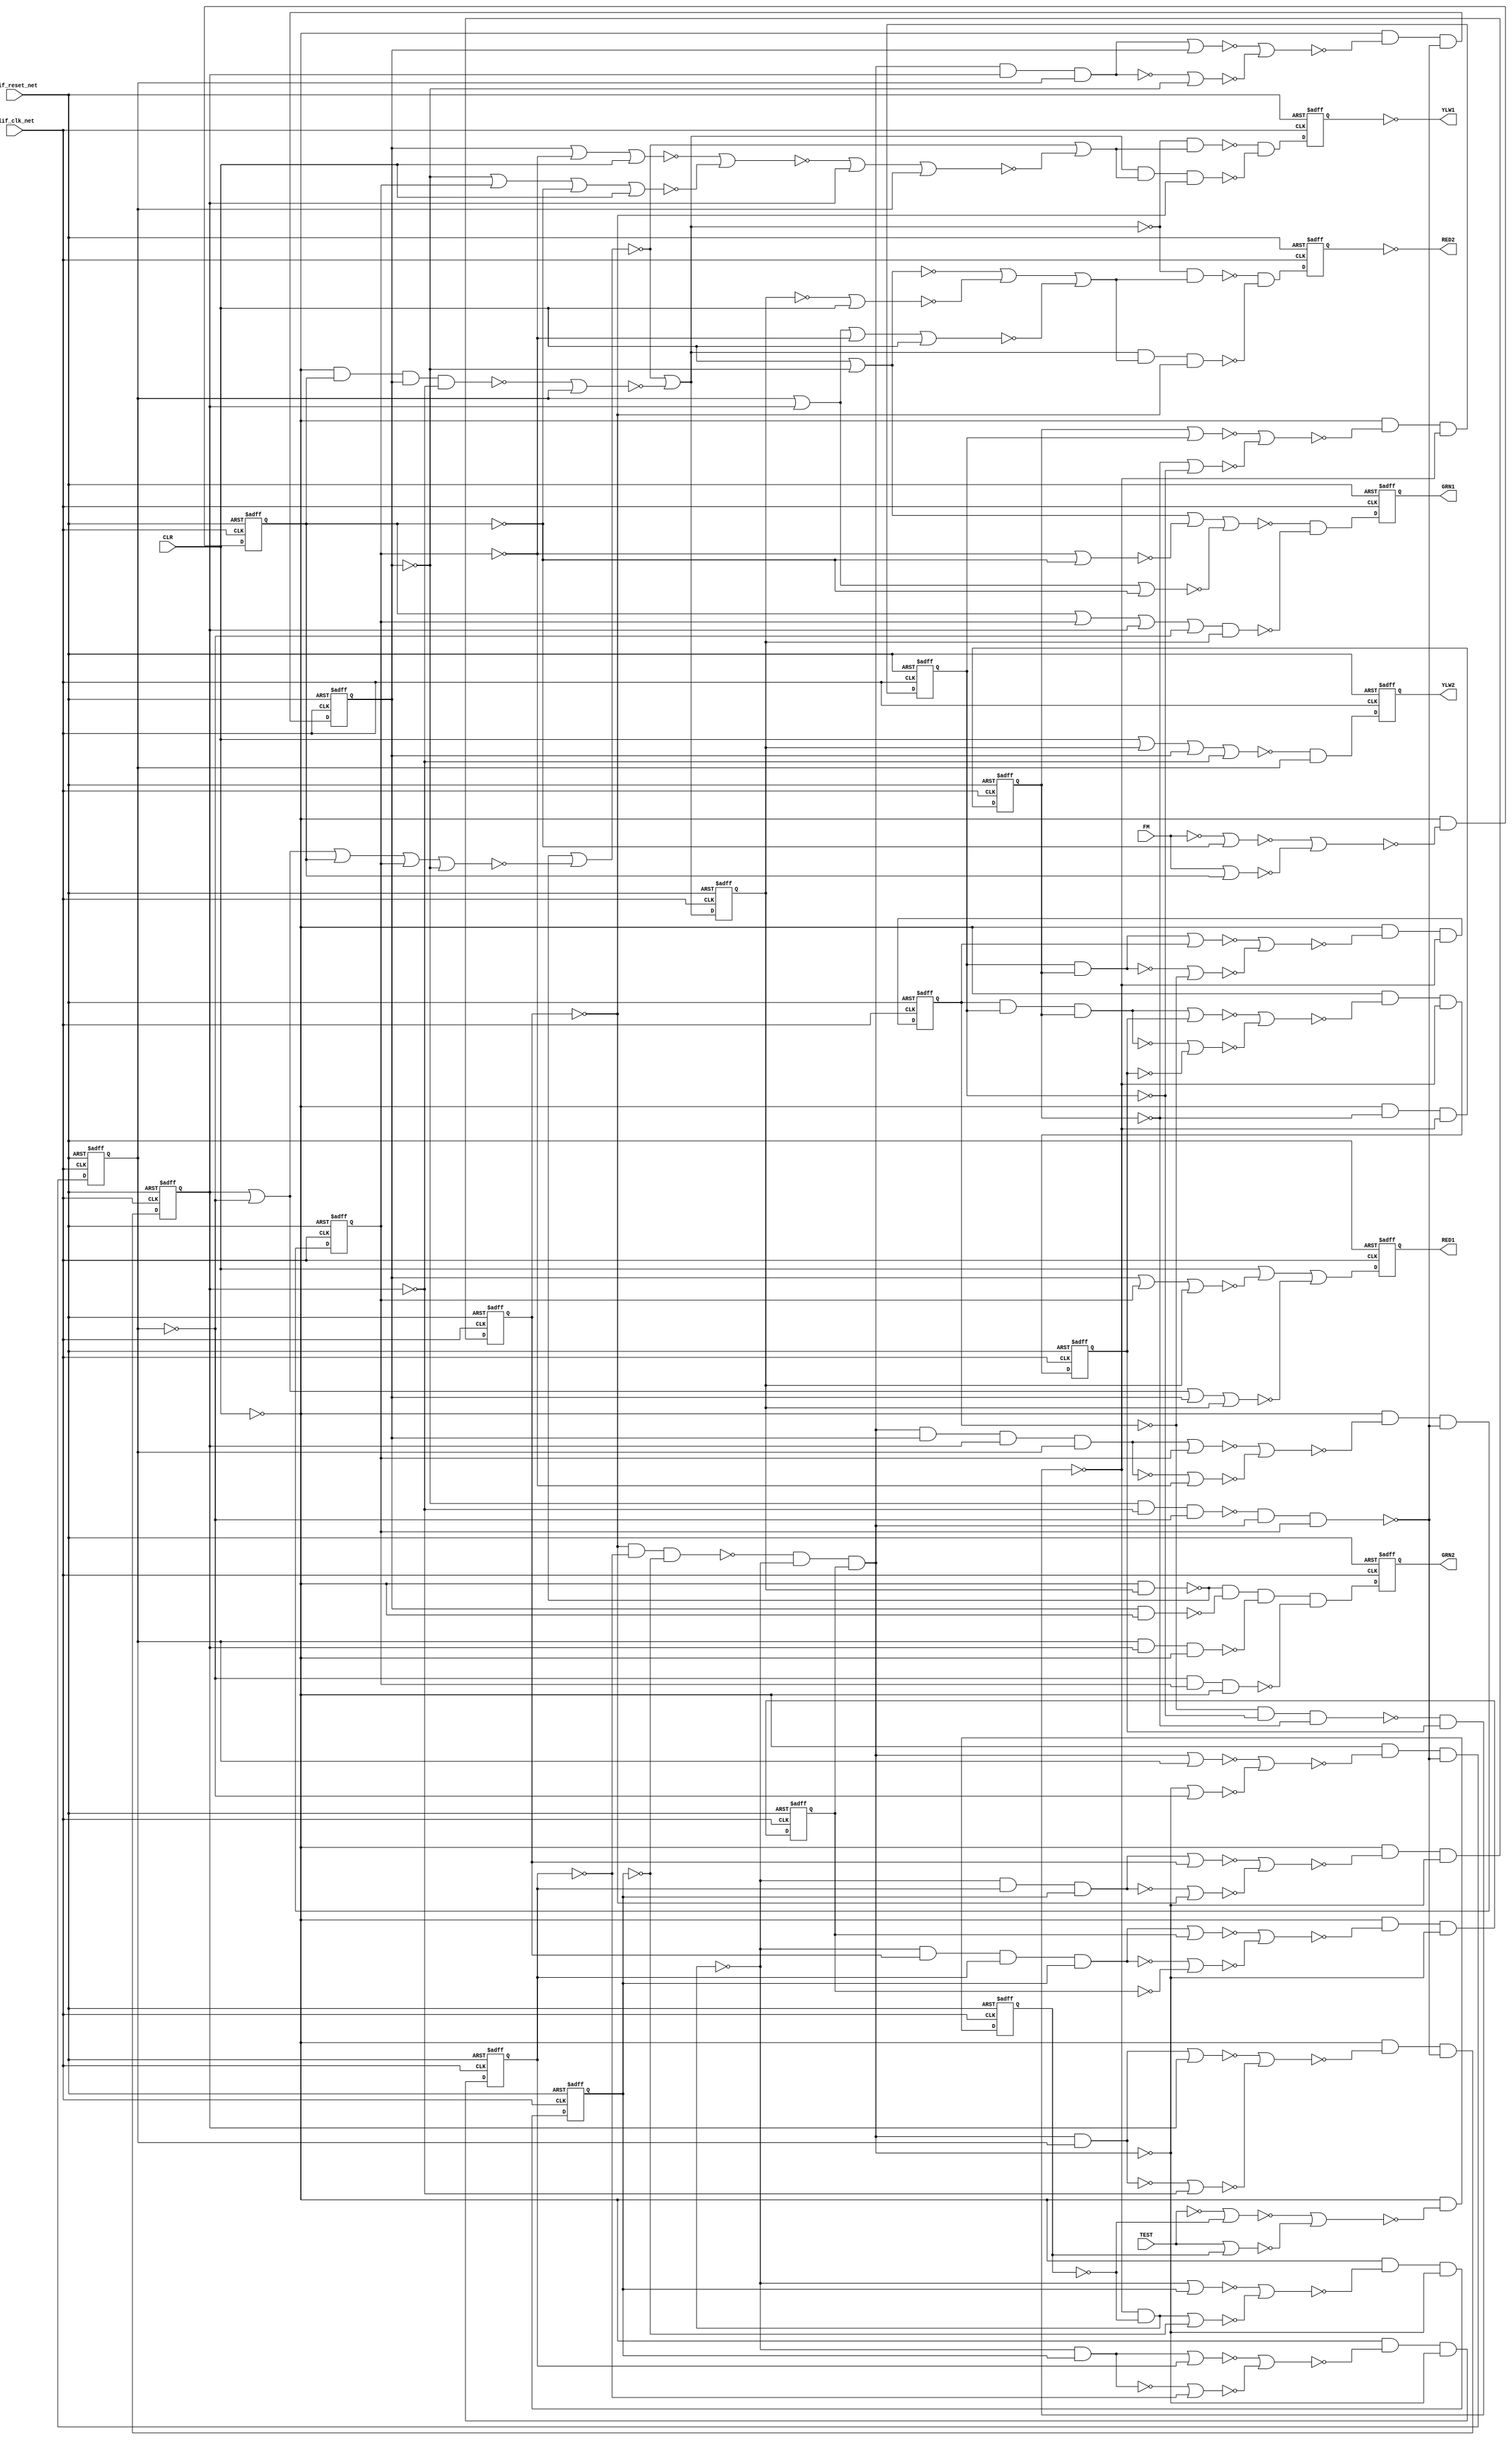
module s400_bench(
  blif_clk_net,
  blif_reset_net,
  FM,
  TEST,
  CLR,
  GRN2,
  YLW2,
  RED2,
  GRN1,
  YLW1,
  RED1);
input blif_clk_net;
input blif_reset_net;
input FM;
input TEST;
input CLR;
output GRN2;
output YLW2;
output RED2;
output GRN1;
output YLW1;
output RED1;
reg TESTL;
reg FML;
reg OLATCH_Y2L;
reg OLATCHVUC_6;
reg OLATCHVUC_5;
reg OLATCH_R1L;
reg OLATCH_G2L;
reg OLATCH_G1L;
reg OLATCH_FEL;
reg C3_Q3;
reg C3_Q2;
reg C3_Q1;
reg C3_Q0;
reg UC_16;
reg UC_17;
reg UC_18;
reg UC_19;
reg UC_8;
reg UC_9;
reg UC_10;
reg UC_11;
wire Y1C;
wire TCOMBVNODE16VOR1NF;
wire C3_Q1VZVOR1NF;
wire FMLVIINMUXVOR1NF;
wire TESTLVIINLATCHN;
wire UC_9VZ;
wire TESTLVIINMUXVOR1NF;
wire C2_QN2;
wire C3_Q3VZVOR1NF;
wire C3VIINHN;
wire R2C;
wire C1VCO2;
wire TCOMBVNODE6;
wire UC_17VD;
wire C3_Q3VUC_0;
wire TCOMB_GA2;
wire TCOMBVNODE3;
wire UC_19VUC_0;
wire R2CVAD1NF;
wire UC_8VZVOR1NF;
wire OLATCH_R2L;
wire UC_10VZVOR1NF;
wire UC_26;
wire UC_18VZVOR1NF;
wire OUTBUFVBUFY1VIIR1;
wire TCOMBVNODE18;
wire UC_18VZ;
wire TCOMBVNODE12;
wire C2VIINHN;
wire C3VCO2;
wire UC_17VUC_0;
wire C2VCO1;
wire UC_15;
wire TCOMB_RA2;
wire TESTLVIINLATCHVCDN;
wire OUTBUFVBUFR2VIIR1;
wire C3_Q2VZ;
wire UC_11VUC_0;
wire TCOMBVNODE19;
wire OUTBUFVBUFG2VIIR1;
wire UC_11VZ;
wire TCOMBVNCLR;
wire FMLVIINMUXVOR2NF;
wire UC_13;
wire FMLVIINMUXVND1;
wire TCOMBVNQB;
wire FMLVIINLATCHN;
wire CTST;
wire TCOMB_RA1VOR2NF;
wire C3_Q0VZVOR1NF;
wire FMLVIINLATCHVCDN;
wire C3_Q0VZ;
wire C3VCIIA;
wire C1_CO;
wire C3_Q2VD;
wire TCOMB_YA1;
wire TESTLVIINLATCHVCDAD;
wire UC_9VD;
wire UC_22;
wire UC_25;
wire TCOMBVNODE8VOR2NF;
wire TCOMB_GA2VAD1NF;
wire UC_19VD;
wire TCOMBVNFM;
wire TCOMBVNQC;
wire TCOMBVNODE16;
wire CLRBVIIR1;
wire C3VCO1;
wire UC_8VUC_0;
wire TESTBVIIR1;
wire TESTLVIINMUXVND1;
wire UC_10VUC_0;
wire TCOMBVNODE8VOR1NF;
wire UC_16VUC_0;
wire TCOMBVNODE8;
wire FMBVIIR1;
wire TESTLVIINMUX;
wire FMLVIINMUXVIIR1;
wire TCOMB_RA2VOR2NF;
wire UC_16VZVOR1NF;
wire Y1CVAD2NF;
wire TCOMB_FE_BF;
wire UC_16VZ;
wire C1VCO1;
wire C1VCIIA;
wire TCOMB_GA1;
wire R2CVAD2NF;
wire UC_20;
wire TESTLVIINMUXVOR2NF;
wire C2VCIIA;
wire UC_11VD;
wire CLRB;
wire TCOMB_RA1VOR1NF;
wire C3_Q2VUC_0;
wire TCOMBVNODE4VOR1NF;
wire C2_CO;
wire UC_23;
wire Y1CVAD1NF;
wire UC_21;
wire UC_27;
wire OLATCH_Y1L;
wire TCOMBVNODE4;
wire C3_Q2VZVOR1NF;
wire TCOMB_GA2VAD4NF;
wire TCOMB_GA2VAD3NF;
wire TCOMB_GA1VAD1NF;
wire UC_17VZVOR1NF;
wire FEN;
wire UC_18VD;
wire FMLVIINMUX;
wire C3_Q0VD;
wire TCOMB_YA2;
wire UC_19VZ;
wire TESTLVIINMUXVIIR1;
wire TCOMB_RA2VOR1NF;
wire C3_Q1VUC_0;
wire C2VCO2;
wire TCOMBVNFEL;
wire TCOMBVNQA;
wire OUTBUFVBUFR1VIIR1;
wire UC_9VUC_0;
wire FMLVIINLATCHVCDAD;
wire UC_10VZ;
wire UC_18VUC_0;
wire C3_Q0VUC_0;
wire C3_Q1VZ;
wire TCOMBVNODE15;
wire TESTB;
wire TCOMBVNODE4VOR2NF;
wire C1VCO0;
wire II84;
wire UC_17VZ;
wire UC_8VD;
wire C2VCO0;
wire C3_Q1VD;
wire TCOMB_GA2VAD2NF;
wire UC_14;
wire C3_Q3VD;
wire UC_12;
wire TCOMB_RA1;
wire TCOMB_FE;
wire OUTBUFVBUFY2VIIR1;
wire UC_10VD;
wire UC_24;
wire UC_19VZVOR1NF;
wire CO2;
wire C3_Q3VZ;
wire TCOMBVNQD;
wire TCOMBVNODE14;
wire UC_16VD;
wire UC_8VZ;
wire TCOMB_RA2VOR3NF;
wire OUTBUFVBUFG1VIIR1;
wire UC_9VZVOR1NF;
wire FMB;
wire C3VCO0;
always @(posedge blif_clk_net or posedge blif_reset_net)
  if(blif_reset_net == 1)
    TESTL <= 0;
  else
    TESTL <= TESTLVIINLATCHVCDAD;
always @(posedge blif_clk_net or posedge blif_reset_net)
  if(blif_reset_net == 1)
    FML <= 0;
  else
    FML <= FMLVIINLATCHVCDAD;
always @(posedge blif_clk_net or posedge blif_reset_net)
  if(blif_reset_net == 1)
    OLATCH_Y2L <= 0;
  else
    OLATCH_Y2L <= TCOMB_YA2;
always @(posedge blif_clk_net or posedge blif_reset_net)
  if(blif_reset_net == 1)
    OLATCHVUC_6 <= 0;
  else
    OLATCHVUC_6 <= Y1C;
always @(posedge blif_clk_net or posedge blif_reset_net)
  if(blif_reset_net == 1)
    OLATCHVUC_5 <= 0;
  else
    OLATCHVUC_5 <= R2C;
always @(posedge blif_clk_net or posedge blif_reset_net)
  if(blif_reset_net == 1)
    OLATCH_R1L <= 0;
  else
    OLATCH_R1L <= TCOMB_RA1;
always @(posedge blif_clk_net or posedge blif_reset_net)
  if(blif_reset_net == 1)
    OLATCH_G2L <= 0;
  else
    OLATCH_G2L <= TCOMB_GA2;
always @(posedge blif_clk_net or posedge blif_reset_net)
  if(blif_reset_net == 1)
    OLATCH_G1L <= 0;
  else
    OLATCH_G1L <= TCOMB_GA1;
always @(posedge blif_clk_net or posedge blif_reset_net)
  if(blif_reset_net == 1)
    OLATCH_FEL <= 0;
  else
    OLATCH_FEL <= TCOMB_FE_BF;
always @(posedge blif_clk_net or posedge blif_reset_net)
  if(blif_reset_net == 1)
    C3_Q3 <= 0;
  else
    C3_Q3 <= C3_Q3VD;
always @(posedge blif_clk_net or posedge blif_reset_net)
  if(blif_reset_net == 1)
    C3_Q2 <= 0;
  else
    C3_Q2 <= C3_Q2VD;
always @(posedge blif_clk_net or posedge blif_reset_net)
  if(blif_reset_net == 1)
    C3_Q1 <= 0;
  else
    C3_Q1 <= C3_Q1VD;
always @(posedge blif_clk_net or posedge blif_reset_net)
  if(blif_reset_net == 1)
    C3_Q0 <= 0;
  else
    C3_Q0 <= C3_Q0VD;
always @(posedge blif_clk_net or posedge blif_reset_net)
  if(blif_reset_net == 1)
    UC_16 <= 0;
  else
    UC_16 <= UC_16VD;
always @(posedge blif_clk_net or posedge blif_reset_net)
  if(blif_reset_net == 1)
    UC_17 <= 0;
  else
    UC_17 <= UC_17VD;
always @(posedge blif_clk_net or posedge blif_reset_net)
  if(blif_reset_net == 1)
    UC_18 <= 0;
  else
    UC_18 <= UC_18VD;
always @(posedge blif_clk_net or posedge blif_reset_net)
  if(blif_reset_net == 1)
    UC_19 <= 0;
  else
    UC_19 <= UC_19VD;
always @(posedge blif_clk_net or posedge blif_reset_net)
  if(blif_reset_net == 1)
    UC_8 <= 0;
  else
    UC_8 <= UC_8VD;
always @(posedge blif_clk_net or posedge blif_reset_net)
  if(blif_reset_net == 1)
    UC_9 <= 0;
  else
    UC_9 <= UC_9VD;
always @(posedge blif_clk_net or posedge blif_reset_net)
  if(blif_reset_net == 1)
    UC_10 <= 0;
  else
    UC_10 <= UC_10VD;
always @(posedge blif_clk_net or posedge blif_reset_net)
  if(blif_reset_net == 1)
    UC_11 <= 0;
  else
    UC_11 <= UC_11VD;
assign Y1C = ((~Y1CVAD2NF)&(~Y1CVAD1NF));
assign TCOMBVNODE16VOR1NF = (TCOMBVNODE18)|(FML)|(C3_Q3)|(TCOMBVNQC);
assign C3_Q1VZVOR1NF = (C3VCO0)|(C3_Q1);
assign GRN1 = ((~OUTBUFVBUFG1VIIR1));
assign FMLVIINMUXVOR1NF = (FMB)|(FML);
assign TESTLVIINLATCHN = ((~TESTL));
assign UC_9VZ = ((~UC_9VZVOR1NF))|((~UC_9VUC_0));
assign TESTLVIINMUXVOR1NF = (TESTB)|(TESTL);
assign C2_QN2 = ((~UC_17));
assign C3_Q3VZVOR1NF = (C3VCO2)|(C3_Q3);
assign C3VIINHN = ((~CO2));
assign R2C = ((~R2CVAD2NF)&(~R2CVAD1NF));
assign C1VCO2 = ((~UC_13)&(~UC_14)&(~UC_15));
assign TCOMBVNODE6 = ((~TCOMBVNFM))|((~TCOMBVNQD))|((~TCOMBVNQB))|((~C3_Q0));
assign UC_17VD = ((~CLRB)&(~UC_17VZ)&(~C2_CO));
assign C3_Q3VUC_0 = ((~C3VCO2))|((~C3_Q3));
assign TCOMB_GA2 = ((~TCOMB_GA2VAD4NF)&(~TCOMB_GA2VAD3NF)&(~TCOMB_GA2VAD2NF)&(~TCOMB_GA2VAD1NF));
assign TCOMBVNODE3 = ((~TCOMBVNODE4))|((~TCOMBVNQB))|((~TCOMBVNQA));
assign UC_19VUC_0 = ((~C2VIINHN))|((~UC_19));
assign R2CVAD1NF = (TCOMB_FE&TCOMB_RA2&C2_QN2);
assign UC_8VZVOR1NF = (C1VCO2)|(UC_8);
assign OLATCH_R2L = ((~OLATCHVUC_5));
assign UC_10VZVOR1NF = (C1VCO0)|(UC_10);
assign UC_26 = ((~C3_Q0));
assign UC_18VZVOR1NF = (C2VCO0)|(UC_18);
assign OUTBUFVBUFY1VIIR1 = ((~OLATCH_Y1L));
assign TCOMBVNODE12 = ((~TCOMBVNCLR))|((~TCOMBVNFEL))|((~TCOMBVNQC))|((~C3_Q1));
assign UC_18VZ = ((~UC_18VZVOR1NF))|((~UC_18VUC_0));
assign TCOMBVNODE18 = ((~TCOMBVNQB))|((~C3_Q0));
assign C2VIINHN = ((~CTST));
assign C3VCO2 = ((~CO2)&(~UC_24)&(~UC_25)&(~UC_26));
assign UC_17VUC_0 = ((~C2VCO1))|((~UC_17));
assign C2VCO1 = ((~CTST)&(~UC_21)&(~UC_22));
assign UC_15 = ((~UC_11));
assign TCOMB_RA2 = ((~TCOMB_RA2VOR3NF))|((~TCOMB_RA2VOR2NF))|((~TCOMB_RA2VOR1NF));
assign OUTBUFVBUFR2VIIR1 = ((~OLATCH_R2L));
assign TESTLVIINLATCHVCDN = ((~CLRB));
assign C3_Q2VZ = ((~C3_Q2VZVOR1NF))|((~C3_Q2VUC_0));
assign UC_11VUC_0 = ((~UC_11));
assign TCOMBVNODE19 = ((~CLRB)&(~TCOMBVNFEL));
assign OUTBUFVBUFG2VIIR1 = ((~OLATCH_G2L));
assign RED1 = ((~OUTBUFVBUFR1VIIR1));
assign TCOMBVNCLR = ((~CLRB));
assign UC_11VZ = ((~UC_11VUC_0));
assign FMLVIINMUXVOR2NF = (FMLVIINMUXVIIR1)|(FMLVIINLATCHN);
assign UC_13 = ((~UC_9));
assign FMLVIINMUXVND1 = ((~FMLVIINMUXVOR2NF))|((~FMLVIINMUXVOR1NF));
assign TCOMBVNQB = ((~C3_Q1));
assign FMLVIINLATCHN = ((~FML));
assign TCOMB_RA1VOR2NF = (C3_Q2)|(C3_Q3)|(OLATCH_FEL);
assign CTST = ((~C1_CO)&(~TESTL));
assign C3_Q0VZVOR1NF = (C3VIINHN)|(C3_Q0);
assign FMLVIINLATCHVCDN = ((~CLRB));
assign C3_Q0VZ = ((~C3_Q0VZVOR1NF))|((~C3_Q0VUC_0));
assign C3VCIIA = ((~C3_Q2)&(~C3_Q1)&(~C3_Q0));
assign C1_CO = ((~C1VCIIA)&(~UC_12));
assign C3_Q2VD = ((~CLRB)&(~C3_Q2VZ)&(~UC_27));
assign TCOMB_YA1 = ((~TCOMBVNODE16))|((~TCOMBVNODE3));
assign TESTLVIINLATCHVCDAD = (TESTLVIINLATCHVCDN&TESTLVIINMUX);
assign UC_9VD = ((~CLRB)&(~UC_9VZ)&(~C1_CO));
assign UC_25 = ((~C3_Q1));
assign UC_22 = ((~UC_19));
assign TCOMBVNODE8VOR2NF = (TCOMBVNQD)|(TCOMBVNFM);
assign TCOMB_GA2VAD1NF = (TCOMBVNQA&C3_Q3&TCOMBVNCLR);
assign UC_19VD = ((~CLRB)&(~UC_19VZ)&(~C2_CO));
assign TCOMBVNFM = ((~FML));
assign YLW1 = ((~OUTBUFVBUFY1VIIR1));
assign TCOMBVNQC = ((~C3_Q2));
assign TCOMBVNODE16 = ((~TCOMBVNODE19))|((~TCOMBVNODE16VOR1NF));
assign CLRBVIIR1 = ((~CLR));
assign C3VCO1 = ((~CO2)&(~UC_25)&(~UC_26));
assign UC_8VUC_0 = ((~C1VCO2))|((~UC_8));
assign TESTBVIIR1 = ((~TEST));
assign TESTLVIINMUXVND1 = ((~TESTLVIINMUXVOR2NF))|((~TESTLVIINMUXVOR1NF));
assign UC_10VUC_0 = ((~C1VCO0))|((~UC_10));
assign TCOMBVNODE8VOR1NF = (C3_Q0)|(C3_Q1)|(TCOMBVNFM);
assign TCOMBVNODE8 = ((~TCOMBVNCLR))|((~C3_Q2))|((~TCOMBVNODE8VOR2NF))|((~TCOMBVNODE8VOR1NF));
assign UC_16VUC_0 = ((~C2VCO2))|((~UC_16));
assign FMBVIIR1 = ((~FM));
assign TESTLVIINMUX = ((~TESTLVIINMUXVND1));
assign FMLVIINMUXVIIR1 = ((~FMB));
assign TCOMB_RA2VOR2NF = (TCOMBVNFEL)|(CLRB);
assign UC_16VZVOR1NF = (C2VCO2)|(UC_16);
assign Y1CVAD2NF = (FEN&TCOMB_YA1);
assign TCOMB_FE_BF = ((~II84));
assign UC_16VZ = ((~UC_16VZVOR1NF))|((~UC_16VUC_0));
assign C1VCO1 = ((~UC_14)&(~UC_15));
assign C1VCIIA = ((~UC_9)&(~UC_10)&(~UC_11));
assign TCOMB_GA1 = ((~TCOMBVNODE8)&(~TCOMB_GA1VAD1NF));
assign R2CVAD2NF = (FEN&TCOMB_RA2);
assign UC_20 = ((~UC_16));
assign C2VCIIA = ((~UC_17)&(~UC_18)&(~UC_19));
assign TESTLVIINMUXVOR2NF = (TESTLVIINMUXVIIR1)|(TESTLVIINLATCHN);
assign UC_11VD = ((~CLRB)&(~UC_11VZ)&(~C1_CO));
assign CLRB = ((~CLRBVIIR1));
assign TCOMB_RA1VOR1NF = (TCOMBVNQA)|(C3_Q1)|(C3_Q2)|(OLATCH_FEL);
assign C3_Q2VUC_0 = ((~C3VCO1))|((~C3_Q2));
assign TCOMBVNODE4VOR1NF = (TCOMBVNQC)|(C3_Q3)|(TCOMBVNFM)|(CLRB);
assign C2_CO = ((~C2VCIIA)&(~CTST)&(~UC_20));
assign UC_23 = ((~C3_Q3));
assign UC_21 = ((~UC_18));
assign Y1CVAD1NF = (TCOMB_FE&TCOMB_YA1&C2_QN2);
assign UC_27 = ((~C3VCIIA)&(~CO2)&(~UC_23));
assign OLATCH_Y1L = ((~OLATCHVUC_6));
assign TCOMBVNODE4 = ((~TCOMBVNODE4VOR2NF))|((~TCOMBVNODE4VOR1NF));
assign TCOMB_GA2VAD4NF = (OLATCH_FEL&TCOMBVNCLR);
assign C3_Q2VZVOR1NF = (C3VCO1)|(C3_Q2);
assign TCOMB_GA2VAD3NF = (C3_Q2&TCOMBVNCLR);
assign TCOMB_GA1VAD1NF = (TCOMBVNODE6&OLATCH_FEL);
assign UC_17VZVOR1NF = (C2VCO1)|(UC_17);
assign FEN = ((~TCOMB_FE));
assign UC_18VD = ((~CLRB)&(~UC_18VZ)&(~C2_CO));
assign FMLVIINMUX = ((~FMLVIINMUXVND1));
assign C3_Q0VD = ((~CLRB)&(~C3_Q0VZ)&(~UC_27));
assign TCOMB_YA2 = ((~TCOMBVNODE12)&(~TCOMBVNQA));
assign UC_19VZ = ((~UC_19VZVOR1NF))|((~UC_19VUC_0));
assign TESTLVIINMUXVIIR1 = ((~TESTB));
assign TCOMB_RA2VOR1NF = (C3_Q0)|(C3_Q1)|(TCOMBVNQD)|(CLRB);
assign C3_Q1VUC_0 = ((~C3VCO0))|((~C3_Q1));
assign TCOMBVNQA = ((~C3_Q0));
assign TCOMBVNFEL = ((~OLATCH_FEL));
assign C2VCO2 = ((~CTST)&(~C2_QN2)&(~UC_21)&(~UC_22));
assign OUTBUFVBUFR1VIIR1 = ((~OLATCH_R1L));
assign UC_9VUC_0 = ((~C1VCO1))|((~UC_9));
assign FMLVIINLATCHVCDAD = (FMLVIINLATCHVCDN&FMLVIINMUX);
assign UC_10VZ = ((~UC_10VZVOR1NF))|((~UC_10VUC_0));
assign UC_18VUC_0 = ((~C2VCO0))|((~UC_18));
assign C3_Q0VUC_0 = ((~C3VIINHN))|((~C3_Q0));
assign C3_Q1VZ = ((~C3_Q1VZVOR1NF))|((~C3_Q1VUC_0));
assign TCOMBVNODE15 = ((~CLRB)&(~TCOMBVNFM)&(~TCOMBVNQC)&(~C3_Q1));
assign TESTB = ((~TESTBVIIR1));
assign C1VCO0 = ((~UC_15));
assign TCOMBVNODE4VOR2NF = (C3_Q2)|(TCOMBVNQD)|(CLRB);
assign UC_17VZ = ((~UC_17VZVOR1NF))|((~UC_17VUC_0));
assign II84 = ((~TCOMB_FE));
assign UC_8VD = ((~CLRB)&(~UC_8VZ)&(~C1_CO));
assign YLW2 = ((~OUTBUFVBUFY2VIIR1));
assign C3_Q1VD = ((~CLRB)&(~C3_Q1VZ)&(~UC_27));
assign C2VCO0 = ((~CTST)&(~UC_22));
assign TCOMB_GA2VAD2NF = (C3_Q0&C3_Q1&TCOMBVNCLR);
assign UC_14 = ((~UC_10));
assign C3_Q3VD = ((~CLRB)&(~C3_Q3VZ)&(~UC_27));
assign UC_12 = ((~UC_8));
assign TCOMB_RA1 = ((~TCOMBVNCLR))|((~TCOMB_RA1VOR2NF))|((~TCOMB_RA1VOR1NF));
assign TCOMB_FE = ((~TCOMBVNODE16))|((~TCOMBVNODE14));
assign OUTBUFVBUFY2VIIR1 = ((~OLATCH_Y2L));
assign UC_10VD = ((~CLRB)&(~UC_10VZ)&(~C1_CO));
assign UC_24 = ((~C3_Q2));
assign CO2 = ((~C2_CO));
assign RED2 = ((~OUTBUFVBUFR2VIIR1));
assign UC_19VZVOR1NF = (C2VIINHN)|(UC_19);
assign GRN2 = ((~OUTBUFVBUFG2VIIR1));
assign C3_Q3VZ = ((~C3_Q3VZVOR1NF))|((~C3_Q3VUC_0));
assign TCOMBVNQD = ((~C3_Q3));
assign TCOMBVNODE14 = ((~TCOMBVNODE15))|((~TCOMBVNQA));
assign UC_8VZ = ((~UC_8VZVOR1NF))|((~UC_8VUC_0));
assign UC_16VD = ((~CLRB)&(~UC_16VZ)&(~C2_CO));
assign OUTBUFVBUFG1VIIR1 = ((~OLATCH_G1L));
assign TCOMB_RA2VOR3NF = (TCOMBVNQC)|(CLRB);
assign UC_9VZVOR1NF = (C1VCO1)|(UC_9);
assign FMB = ((~FMBVIIR1));
assign C3VCO0 = ((~CO2)&(~UC_26));
endmodule